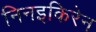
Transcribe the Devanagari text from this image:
निनइकिरेन